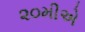
૨૦મીએ